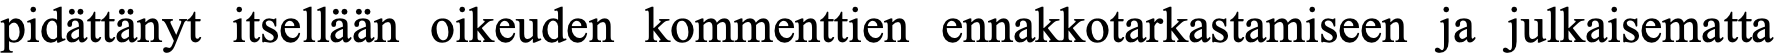
pidättänyt itsellään oikeuden kommenttien ennakkotarkastamiseen ja julkaisematta